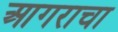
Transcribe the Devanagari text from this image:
आगराचा